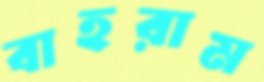
বাহরাম